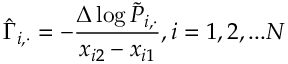
\hat { \Gamma } _ { i , \cdot } = - \frac { \Delta \log \Tilde { P } _ { i , \cdot } } { x _ { i 2 } - x _ { i 1 } } , i = 1 , 2 , . . . N